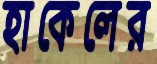
হাকেলের